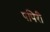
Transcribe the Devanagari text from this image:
पपिरी